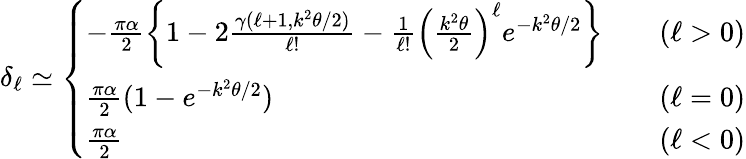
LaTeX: \delta_{\ell}\simeq\left\{ \begin{array}{ll}{{-\frac{\pi\alpha}{2}\left\{ 1-2\frac{\gamma(\ell+1,k^{2}\theta/2)}{\ell!}-\frac{1}{\ell!}\left(\frac{k^{2}\theta}{2}\right)^{\ell}e^{-k^{2}\theta/2}\right\} }}&{{\quad(\ell>0)}}\\ {{\frac{\pi\alpha}{2}(1-e^{-k^{2}\theta/2})}}&{{\quad(\ell=0)}}\\ {{\frac{\pi\alpha}{2}}}&{{\quad(\ell<0)}}\end{array}\right.